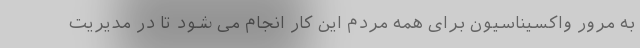
به مرور واکسیناسیون برای همه مردم این کار انجام می شود تا در مدیریت